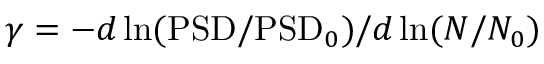
\gamma = - d \ln ( \mathrm { P S D } / \mathrm { P S D } _ { 0 } ) / d \ln ( N / N _ { 0 } )